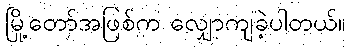
မြို့တော်အဖြစ်က လျှောကျခဲ့ပါတယ်။